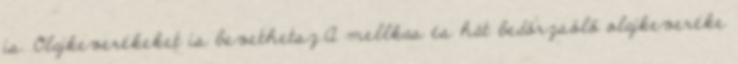
is. Olajkeverékeket is bevethetsz.A mellkas és hát bedörzsölő olajkeveréke